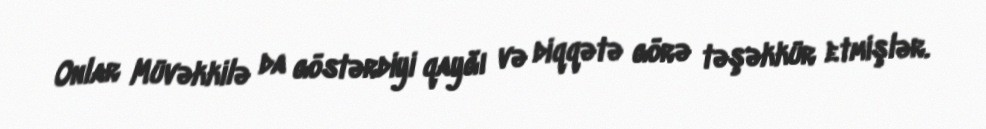
Onlar Müvəkkilə da göstərdiyi qayğı və diqqətə görə təşəkkür etmişlər.